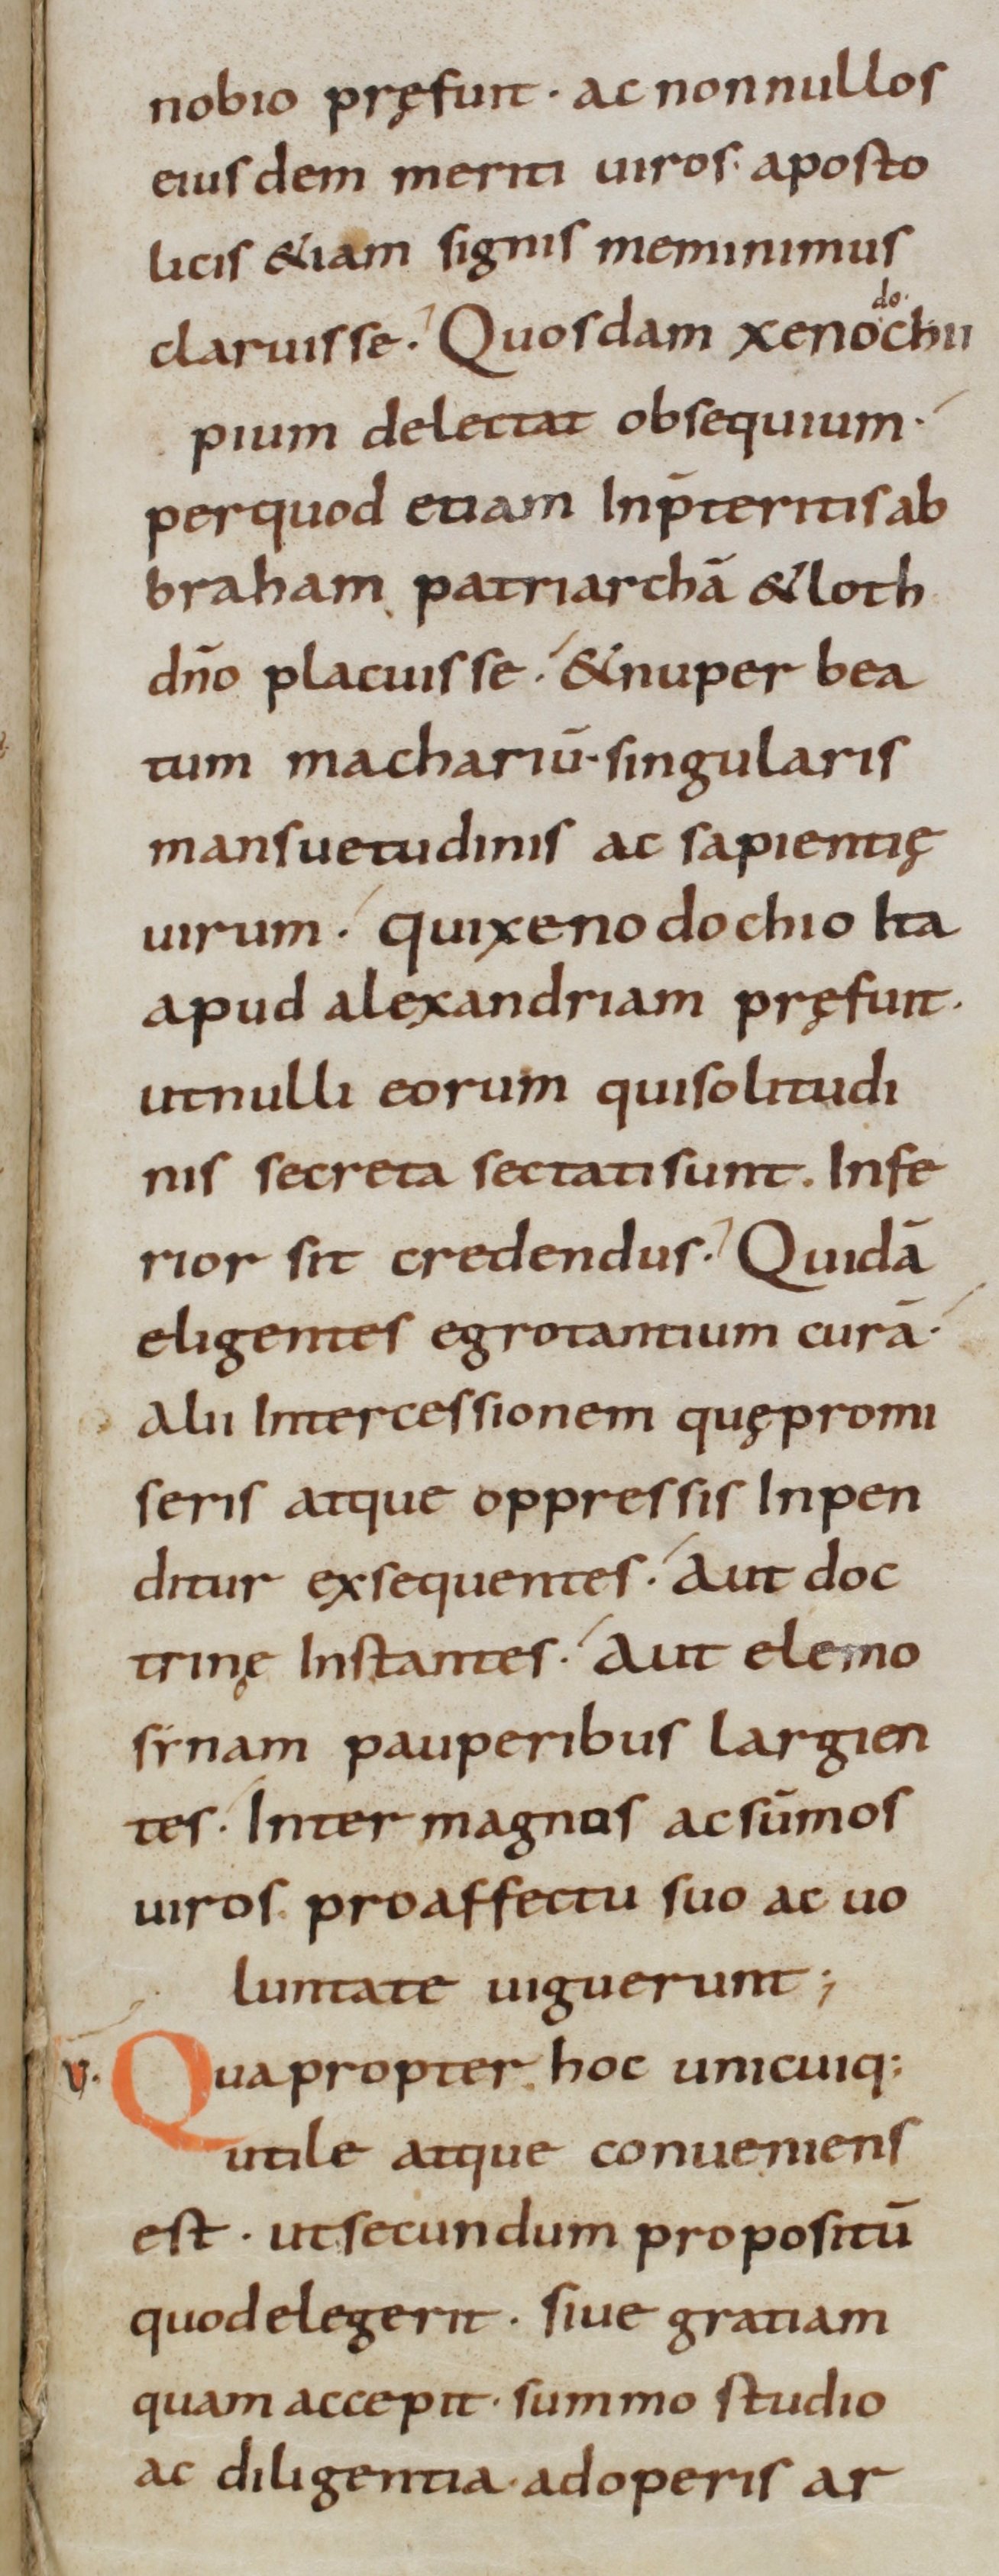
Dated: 800–899